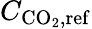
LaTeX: C_{\mathrm{CO}_{2},\mathrm{ref}}